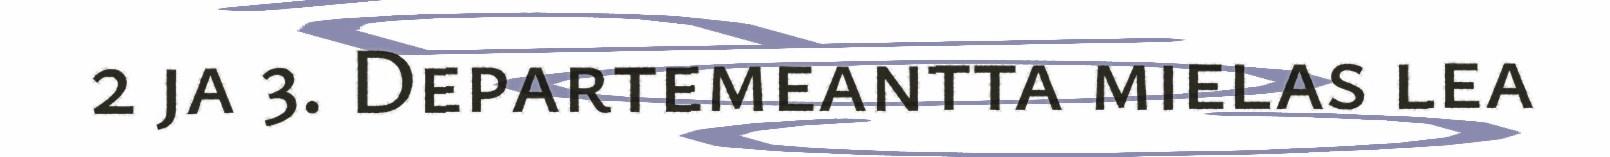
2 ja 3. Departemeantta mielas lea